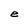
Character: e